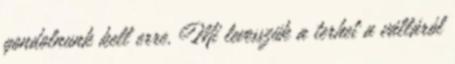
gondolnunk kell erre. Mi levesszük a terhet a válláról